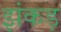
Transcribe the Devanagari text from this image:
झंकड़